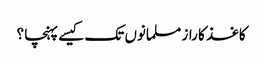
کاغذ کا راز مسلمانوں تک کیسے پہنچا ؟